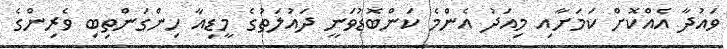
ވައުދާ އެއްކޮށް ކަމަށާއި މިއަދު އެންމެ ކަންބޮޑުވަނީ ދައުލަތުގެ މީޑިއާ ހިންގަންތިބި ވެރިންގެ